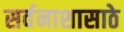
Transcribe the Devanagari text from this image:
सर्वनाशासाठे